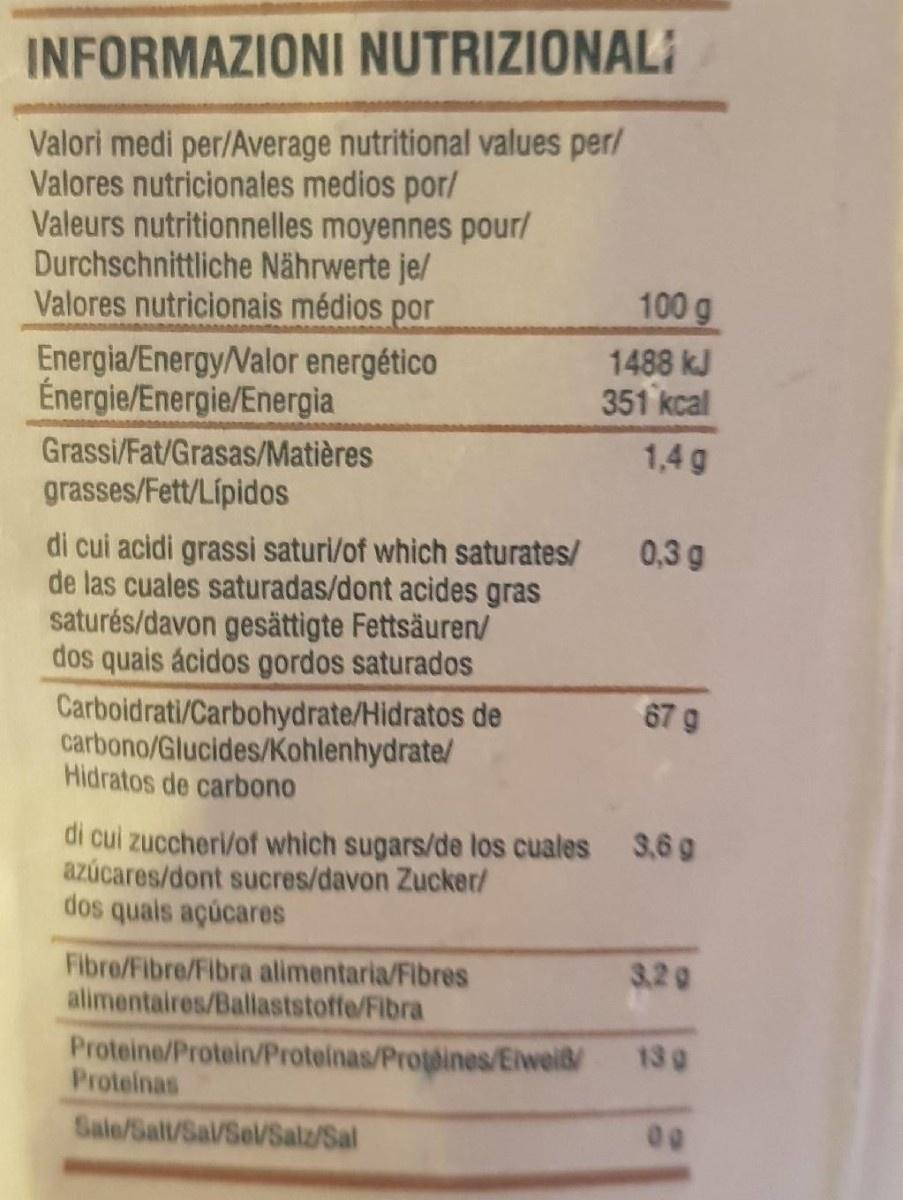
INFORMAZIONI NUTRIZIONALI
Valori medi per/Average nutritional values per/ Valores nutricionales medios por/ Valeurs nutritionnelles moyennes pour/ Durchschnittliche Nährwerte je/ Valores nutricionais médios por
100 g
Energia/Energy/Valor energético Énergie/Energie/Energia
1488 kJ 351 kcal
Grassi/Fat/Grasas/Matières
1,4 g
grasses/Fett/Lípidos
0,3 g
di cui acidi grassi saturi/of which saturates/ de las cuales saturadas/dont acides gras saturés/davon gesättigte Fettsäuren/ dos quais ácidos gordos saturados
67 9
Carboidrati/Carbohydrate/Hidratos de carbono/Glucides/Kohlenhydrate/ Hidratos de carbono
di cui zuccheri/of which sugars/de los cuales 3,6 g azúcares/dont sucres/davon Zucker dos quals açúcares
Fibro/Fibre/Fibra alimentaria/Fibres alimentaires/Ballaststoffe/Fibra
3.2g
13 g
Proteine/Protein/Proteinas/Protines/Elweiß/ Proteinas
Sale/Salt/Sal/Sel/Salz/Sal
00